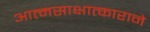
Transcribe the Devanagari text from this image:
आत्मसाक्षात्काराने